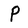
Character: P